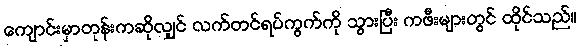
ကျောင်းမှာတုန်းကဆိုလျှင် လက်တင်ရပ်ကွက်ကို သွားပြီး ကဖီးများတွင် ထိုင်သည်။